Vaccination returns of the Province of Eastern Bengal and Assam - 1905-1912
Year: 1905
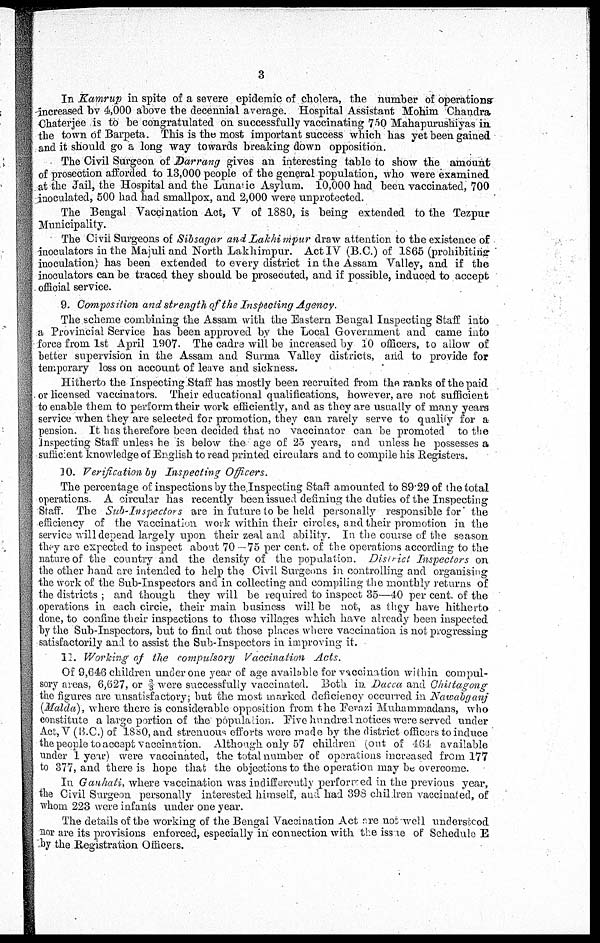
3
In Kamrup in spite of a severe epidemic of cholera, the number of operations
increased by 4,000 above the decennial average. Hospital Assistant Mohim Chandra
Chaterjee is to be congratulated on successfully vaccinating 750 Mahapurushiyas in.
the town of Barpeta. This is the most important success which has yet been gained
and it should go a long way towards breaking down opposition.
The Civil Surgeon of Darrang gives an interesting table to show the amount
of prosection afforded to 13,000 people of the general population, who were examined
at the Jail, the Hospital and the Lunatic Asylum. 10,000 had been vaccinated, 700
inoculated, 500 had had smallpox, and 2,000 were unprotected.
The Bengal Vaccination Act, V of 1880, is being extended to the Tezpur
Municipality.
The Civil Surgeons of Sibsagar and Lakhimpur draw attention to the existence of
inoculators in the Majuli and North Lakhimpur. Act IV (B.C.) of 1865 (prohibiting
inoculation) has been extended to every district in the Assam Valley, and if the
inoculators can be traced they should be prosecuted, and if possible, induced to accept
official service.
9. Composition and strength of the Inspecting Agency.
The scheme combining the Assam with the Eastern Bengal Inspecting Staff into
a Provincial Service has been approved by the Local Government and came into
force from 1st April 1907. The cadre will be increased by 10 officers, to allow of
better supervision in the Assam and Surma Valley districts, and to provide for
temporary loss on account of leave and sickness.
Hitherto the Inspecting Staff has mostly been recruited from the ranks of the paid
or licensed vaccinators. Their educational qualifications, however, are not sufficient
to enable them to perform their work efficiently, and as they are usually of many years
service when they are selected for promotion, they can rarely serve to qualify for a
pension. It has therefore been decided that no vaccinator can be promoted to the
Inspecting Staff unless he is below the age of 25 years, and unless he possesses a
sufficient knowledge of English to read printed circulars and to compile his Registers.
10. Verification by Inspecting Officers.
The percentage of inspections by the Inspecting Staff amounted to 89.29 of the total
operations. A circular has recently been issued defining the duties of the Inspecting
Staff. The Sub-Inspectors are in future to be held personally responsible for the
efficiency of the vaccination work within their circles, and their promotion in the
service will depend largely upon their zeal and ability. In the course of the season.
they are expected to inspect about 70 —75 per cent. of the operations according to the
nature of the country and the density of the population. District Inspectors on
the other hand are intended to help the Civil Surgeons in controlling and organising
the work of the Sub-Inspectors and in collecting and compiling the monthly returns of
the districts ; and though they will be required to inspect 35—40 per cent. of the
operations in each circle, their main business will be not, as they have hitherto
done, to confine their inspections to those villages which have already been inspected
by the Sub-Inspectors, but to find out those places where vaccination is not progressing
satisfactorily and to assist the Sub-Inspectors in improving it.
11. Working of the compulsory Vaccination Acts.
Of 9,646 children under one year of age available for vaccination within compul-
sory areas, 6,627, or 2/3 were successfully vaccinated. Both in Dacca and Chittagong
the figures are unsatisfactory; but the most marked deficiency occurred in Nawabganj
(Malda), where there is considerable opposition from the Ferazi Muhammadans, who
constitute a large portion of the population. Five hundred notices were served under
Act, V (B.C.) of 1880, and strenuous efforts were made by the district officers to induce
the people to accept vaccination. Although only 57 children (out of 464 available
under 1 year) were vaccinated, the total number of operations increased from 177
to 377, and there is hope that the objections to the operation may be overcome.
In Gauhati, where vaccination was indifferently performed in the previous year,
the Civil Surgeon personally interested himself, and had 398 children vaccinated, of
whom 223 were infants under one year.
The details of the working of the Bengal Vaccination Act are not well understood
nor are its provisions enforced, especially in connection with the issue of Schedule E
by the Registration Officers.